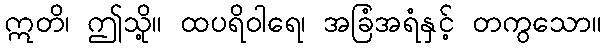
ဣတိ၊ ဤသို့။ ထပရိဝါရေ၊ အခြံအရံနှင့် တကွသော။